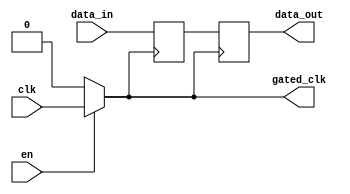
module clock_gating_memory_block (
    input wire clk,     // Primary clock signal
    input wire en,      // Enable signal for clock gating
    input wire [7:0] data_in, // Data input for memory block
    output reg [7:0] data_out, // Data output from memory block
    output wire gated_clk // Gated clock output
);

// Internal signal for the gated clock
wire gated_clk_internal;

// Transmission gate implementation for clock gating
assign gated_clk_internal = en ? clk : 1'b0; // If EN is high, pass CLK; otherwise, block it

// Assign the gated clock to output
assign gated_clk = gated_clk_internal;

// Memory block (simple register for demonstration)
reg [7:0] memory_reg;

// Always block triggered by the gated clock
always @(posedge gated_clk) begin
    memory_reg <= data_in; // Capture data on the rising edge of gated clock
end

// Output the memory data
always @(posedge gated_clk) begin
    data_out <= memory_reg; // Output the stored data
end

endmodule